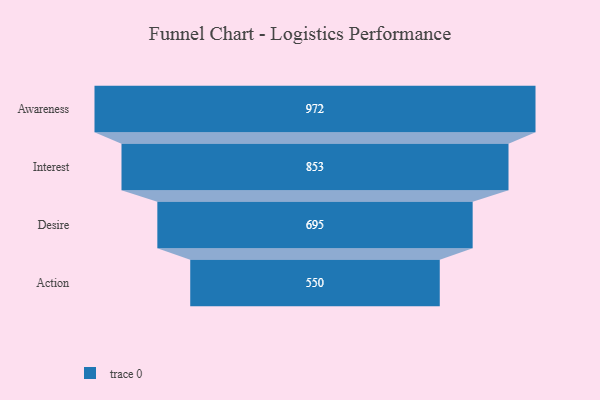
{"axis": {"x": "Stage", "y": "Value"}, "legend": [""], "data": [{"x": "Awareness", "y": 972.0, "type": ""}, {"x": "Interest", "y": 853.0, "type": ""}, {"x": "Desire", "y": 695.0, "type": ""}, {"x": "Action", "y": 550.0, "type": ""}]}